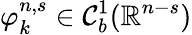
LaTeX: \varphi_{k}^{n,s}\in\mathcal{C}_{b}^{1}(\mathbb{R}^{n-s})